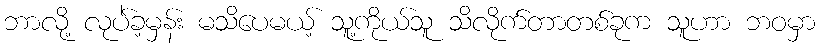
ဘာလို့ လုပ်ဲခ့မှန်း မသိပေမယ့် သူ့ကိုယ်သူ သိလိုက်တာတစ်ခုက သူဟာ ဘဝမှာ